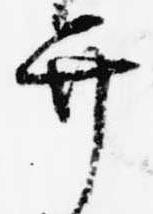
弁